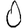
Digit: 0